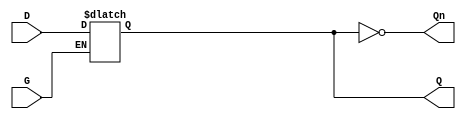
module GatedDLatch (
    input wire D,     // Data Input
    input wire G,     // Gate/Enable Input
    output reg Q,     // Output
    output wire Qn    // Complement of Q
);

    // The complement of Q
    assign Qn = ~Q;

    // Always block to model the behavior of the Gated D Latch
    always @(*) begin
        if (G) begin
            Q = D; // When G is high, Q follows D
        end
        // When G is low, Q retains its previous value
    end

endmodule